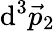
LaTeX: \mathrm{d}^{3}{\vec{{p}}}_{2}